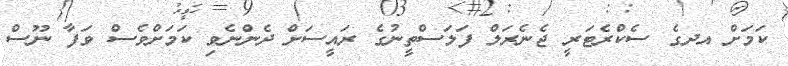
ކަމަށް އދގެ ސެކްރެޓަރީ ޖެނެރަލް ފަލަސްތީނުގެ ރައީސަށް ދެންނެވި ކަމަށްވެސް ވަފާ ނޫސް